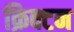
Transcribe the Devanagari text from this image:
क्रिक्टन